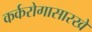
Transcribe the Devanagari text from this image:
कर्करोगासारखे